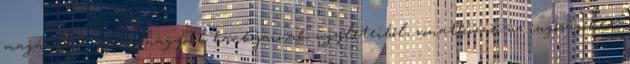
magának a világ nagyobb bankjainak ügyleteiből, vonatkozzon az ingóságokra,